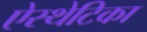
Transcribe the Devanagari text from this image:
ऐस्थेटिका